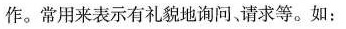
作。常用来表示有礼貌地询问请求等。如：